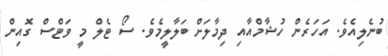
ބުނެލިއެވެ. އަހަރެން ހުޝާމްއާއި ދިމާލަށް ބަލާލީމެވެ. ސޯ ޓެލް މީ ވަޓްސް ގޮއިން